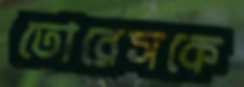
তোরেসকে